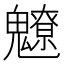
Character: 𩴤